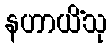
နဟာယိံသု